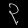
Digit: ၃